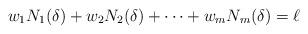
LaTeX: \begin{align*}{w_1}N_1(\delta)+{w_2}N_2(\delta)+\dotsb+{w_m}N_m(\delta)=\ell\end{align*}